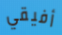
أفيقي